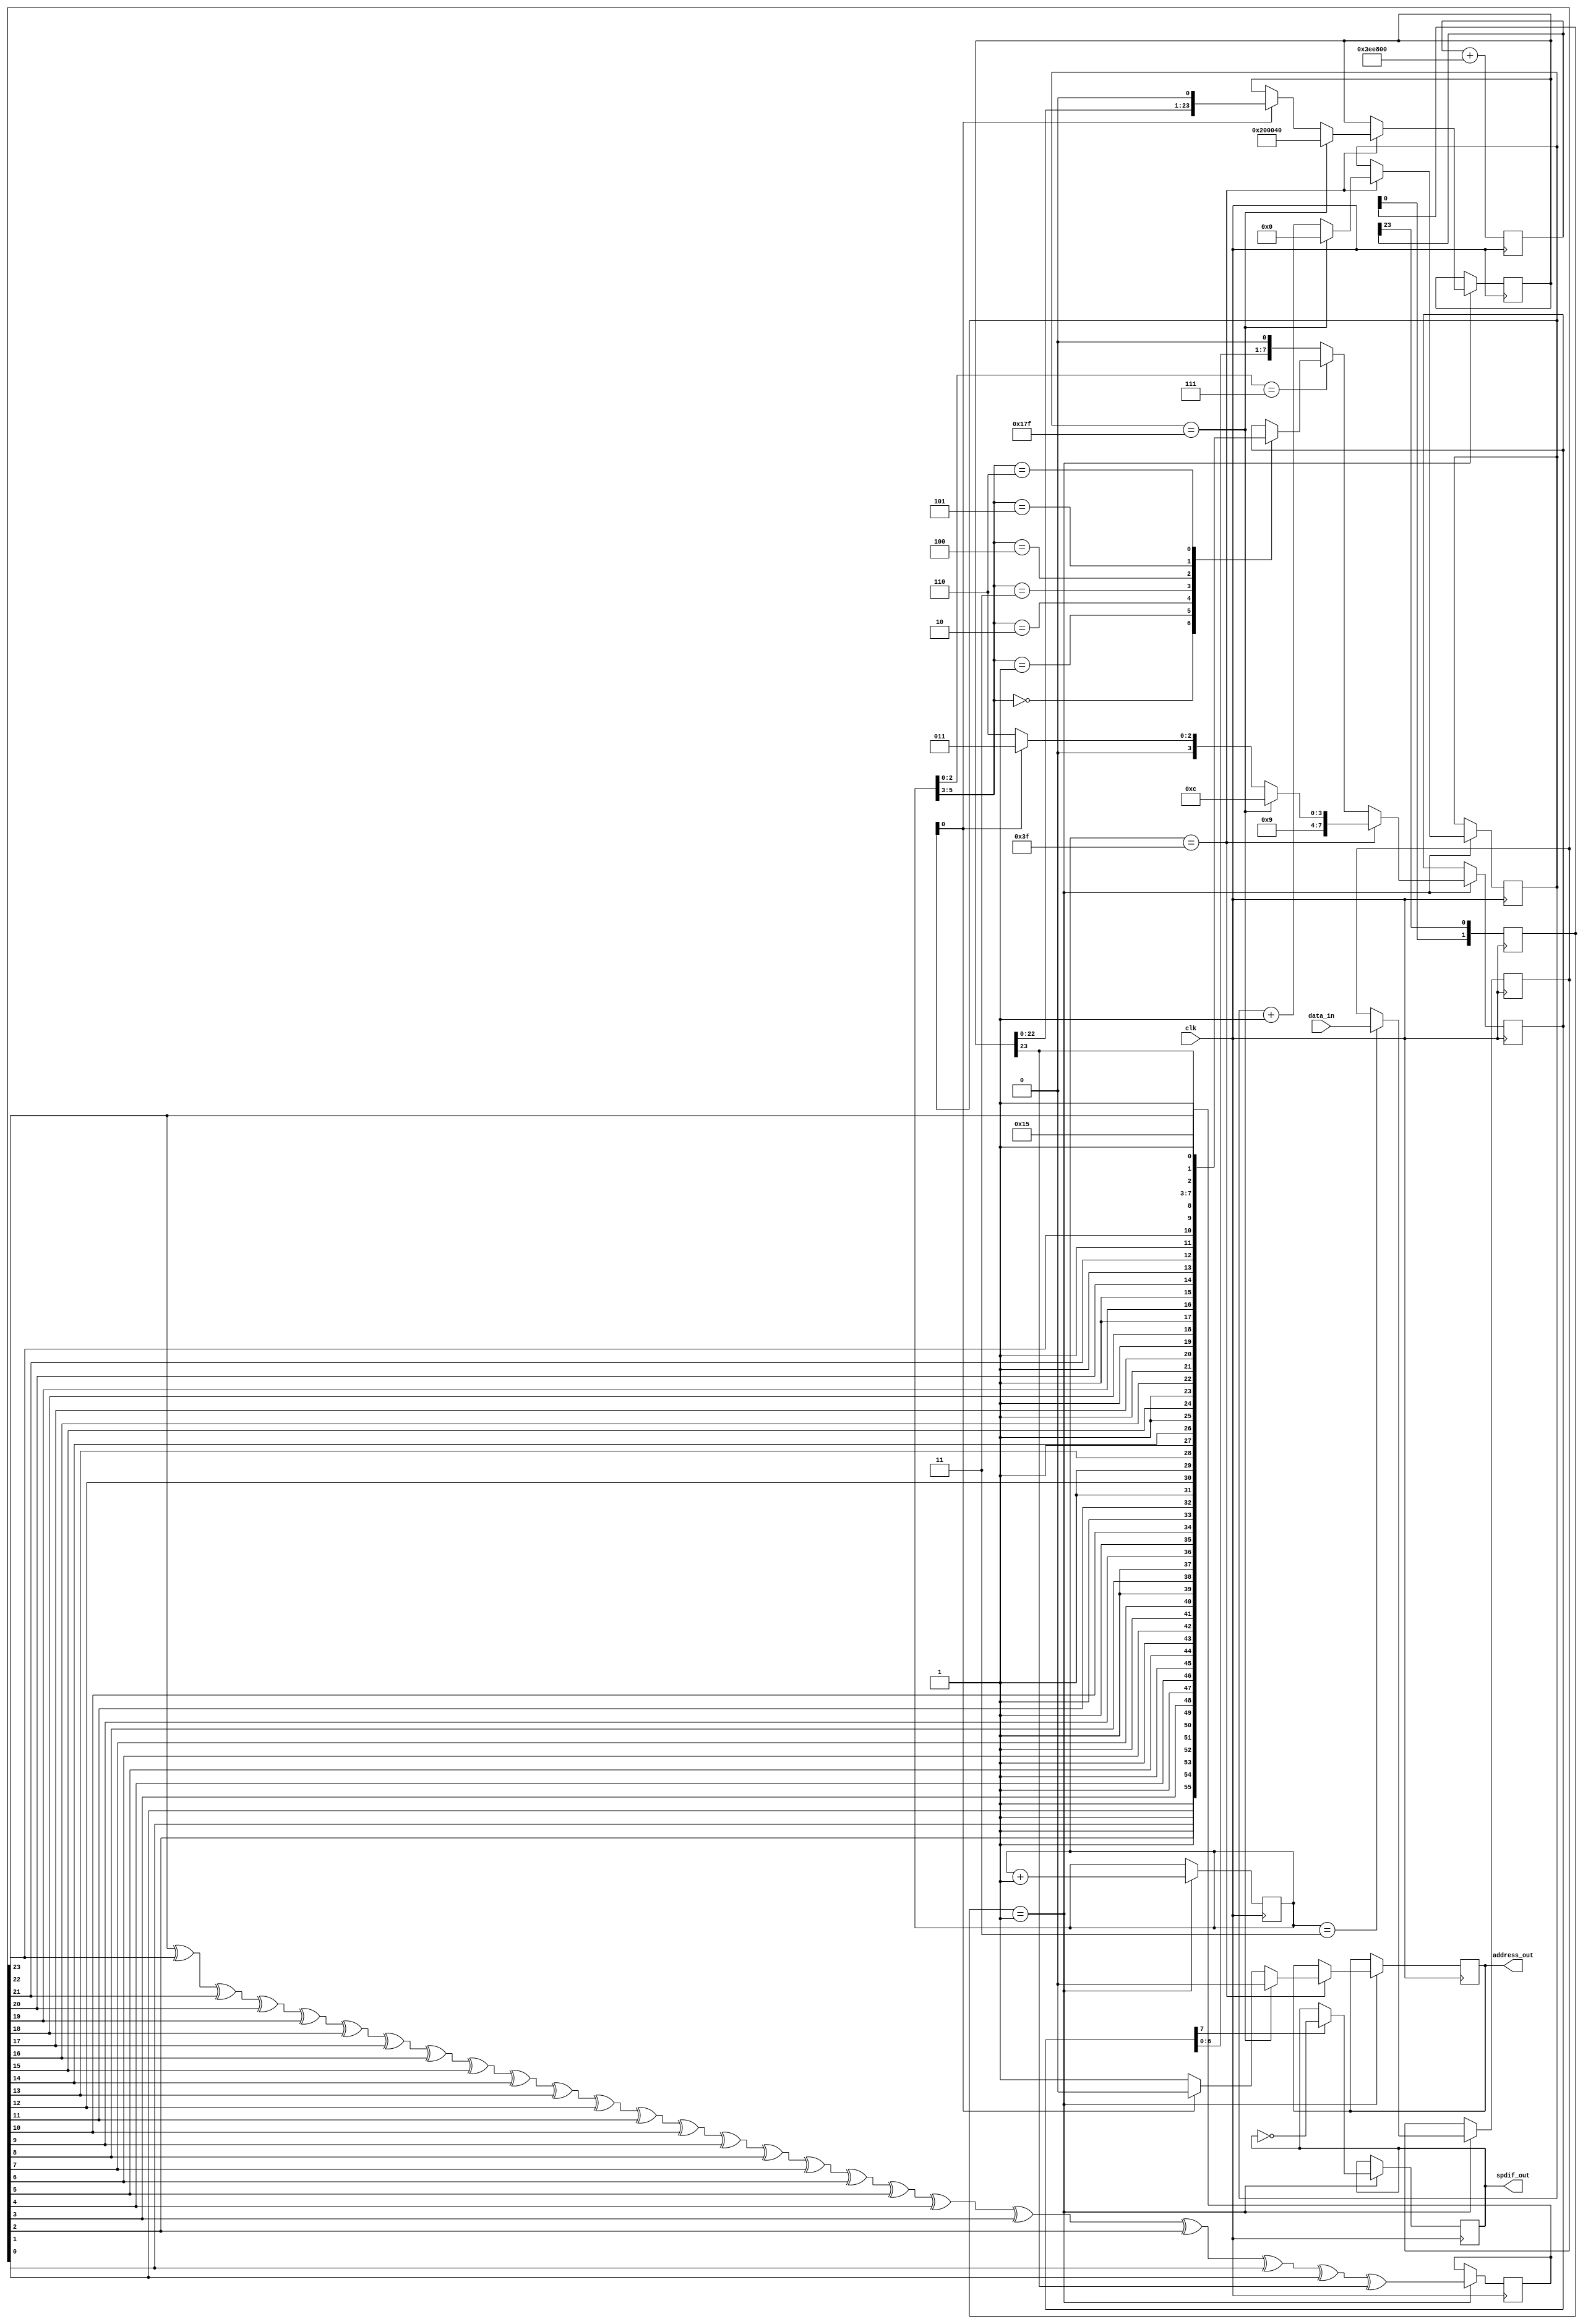
module spdif_tx(
input wire clk,
input wire [23:0] data_in,
output reg address_out,
output wire spdif_out
);

parameter [31:0] C_clk_freq=25000000;
parameter [31:0] C_sample_freq=48000;
// Hz sample rate
// system clock
// 24-bit signed value
// 1 address bit means stereo only



// math to digitaly divide input clock into 128x Fsample (6.144MHz for 48K samplerate)
parameter C_phase_accu_bits = 24;  //clock divider phase accumulator
// constant C_phase_increment: integer := C_sample_freq * 2**(C_phase_accu_bits+7) / C_clk_freq; -- exact expression but it overflows with trellis
parameter C_phase_increment = (C_sample_freq / 100) * 2 ** (C_phase_accu_bits - 3) / (C_clk_freq / 100) * 2 ** 10;  // works with trellis up to C_clk_freq = 100 MHz
reg [C_phase_accu_bits - 1:0] R_phase_accu;
reg [1:0] R_clkdiv_shift;
reg [23:0] data_in_buffer;
reg [5:0] bit_counter = 1'b0;
reg [8:0] frame_counter = 1'b0;
reg data_biphase = 1'b0;
reg [7:0] data_out_buffer;
reg parity;
reg [23:0] channel_status_shift;
wire [23:0] channel_status = 24'b001000000000000001000000;

  always @(posedge clk) begin
    R_phase_accu <= R_phase_accu + C_phase_increment;
    R_clkdiv_shift <= {R_clkdiv_shift[0],R_phase_accu[C_phase_accu_bits - 1]};
  end

  always @(posedge clk) begin
    if(R_clkdiv_shift == 2'b01) begin
      bit_counter <= bit_counter + 1;
    end
  end

  always @(posedge clk) begin
    if(R_clkdiv_shift == 2'b01) begin
      parity <= data_in_buffer[23] ^ data_in_buffer[22] ^ data_in_buffer[21] ^ data_in_buffer[20] ^ data_in_buffer[19] ^ data_in_buffer[18] ^ data_in_buffer[17] ^ data_in_buffer[16] ^ data_in_buffer[15] ^ data_in_buffer[14] ^ data_in_buffer[13] ^ data_in_buffer[12] ^ data_in_buffer[11] ^ data_in_buffer[10] ^ data_in_buffer[9] ^ data_in_buffer[8] ^ data_in_buffer[7] ^ data_in_buffer[6] ^ data_in_buffer[5] ^ data_in_buffer[4] ^ data_in_buffer[3] ^ data_in_buffer[2] ^ data_in_buffer[1] ^ data_in_buffer[0] ^ channel_status_shift[23];
      if(bit_counter == 6'b000011) begin
        data_in_buffer <= data_in;
      end
      if(bit_counter == 6'b111111) begin
        if(frame_counter == 9'b101111111) begin
          frame_counter <= {9{1'b0}};
        end
        else begin
          frame_counter <= frame_counter + 1;
        end
      end
    end
  end

  always @(posedge clk) begin
    if(R_clkdiv_shift == 2'b01) begin
      if(bit_counter == 6'b111111) begin
        if(frame_counter == 9'b101111111) begin
          // next frame is 0, load preamble Z
          address_out <= 1'b0;
          channel_status_shift <= channel_status;
          data_out_buffer <= 8'b10011100;
        end
        else begin
          if(frame_counter[0] == 1'b1) begin
            // next frame is even, load preamble X
            channel_status_shift <= {channel_status_shift[22:0],1'b0};
            data_out_buffer <= 8'b10010011;
            address_out <= 1'b0;
          end
          else begin
            // next frame is odd, load preable Y
            data_out_buffer <= 8'b10010110;
            address_out <= 1'b1;
          end
        end
      end
      else begin
        if(bit_counter[2:0] == 3'b111) begin
          // load new part of data into buffer
          case(bit_counter[5:3])
          3'b000 : begin
            data_out_buffer <= {1'b1,data_in_buffer[0],1'b1,data_in_buffer[1],1'b1,data_in_buffer[2],1'b1,data_in_buffer[3]};
          end
          3'b001 : begin
            data_out_buffer <= {1'b1,data_in_buffer[4],1'b1,data_in_buffer[5],1'b1,data_in_buffer[6],1'b1,data_in_buffer[7]};
          end
          3'b010 : begin
            data_out_buffer <= {1'b1,data_in_buffer[8],1'b1,data_in_buffer[9],1'b1,data_in_buffer[10],1'b1,data_in_buffer[11]};
          end
          3'b011 : begin
            data_out_buffer <= {1'b1,data_in_buffer[12],1'b1,data_in_buffer[13],1'b1,data_in_buffer[14],1'b1,data_in_buffer[15]};
          end
          3'b100 : begin
            data_out_buffer <= {1'b1,data_in_buffer[16],1'b1,data_in_buffer[17],1'b1,data_in_buffer[18],1'b1,data_in_buffer[19]};
          end
          3'b101 : begin
            data_out_buffer <= {1'b1,data_in_buffer[20],1'b1,data_in_buffer[21],1'b1,data_in_buffer[22],1'b1,data_in_buffer[23]};
          end
          3'b110 : begin
            data_out_buffer <= {5'b10101,channel_status_shift[23],1'b1,parity};
          end
          default : begin
          end
          endcase
        end
        else begin
          data_out_buffer <= {data_out_buffer[6:0],1'b0};
        end
      end
    end
  end

  always @(posedge clk) begin
    if(R_clkdiv_shift == 2'b01) begin
      if(data_out_buffer[(7)] == 1'b1) begin
        data_biphase <=  ~data_biphase;
      end
    end
  end

  assign spdif_out = data_biphase;

endmodule